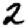
Digit: 2